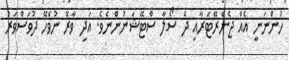
ހުންނަނީ އެއް ޖެނެރޭޓަރާއި ދެ ސޯލާ ސްޓޭޝަނުންނެވެ. އަދި ވާރޭ ނުވެހޭ ދުވަސްވަރު